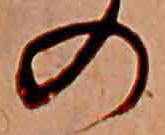
の